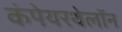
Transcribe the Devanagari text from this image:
कंपेयरथेलॉन